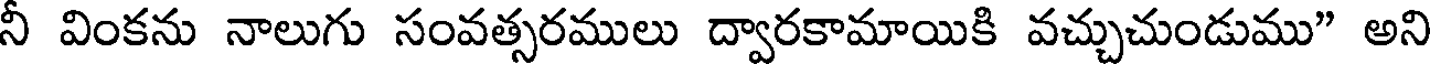
నీ వింకను నాలుగు సంవత్సరములు ద్వారకామాయికి వచ్చుచుండుము" అని